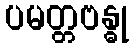
ပမတ္တဗန္ဓု